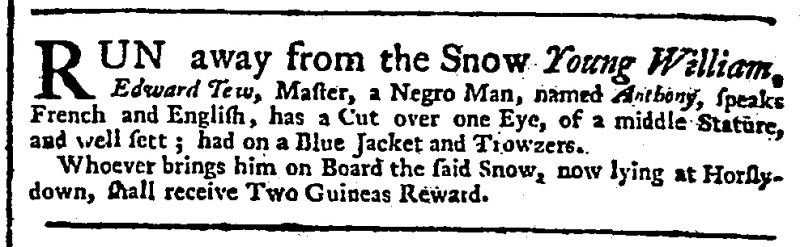
General Advertiser , 25 September 1749 (England)
RUN away from the Snow Young William, Edward Tew, Master, a Negro Man, named Anthony, speaks French and English, has a Cut over one Eye, of a middle Stature, and well sett; had on a Blue Jacket and Trowzers.   Whoever brings him on Board the said Snow, now lying at Horslydown, shall receive Two Guineas Reward.